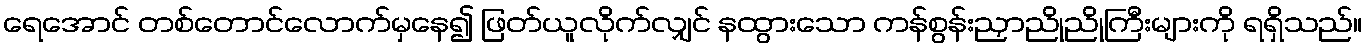
ရေအောင် တစ်တောင်လောက်မှနေ၍ ဖြတ်ယူလိုက်လျှင် နထွားသော ကန်စွန်းညှာညိုညိုကြီးများကို ရရှိသည်။